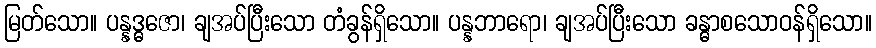
မြတ်သော။ ပန္နဒ္ဓဇော၊ ချအပ်ပြီးသော တံခွန်ရှိသော။ ပန္နဘာရော၊ ချအပ်ပြီးသော ခန္ဓာစသောဝန်ရှိသော။